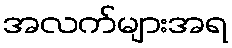
အလက်များအရ